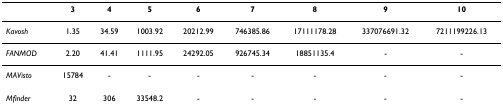
|  | 3 | 4 | 5 | 6 | 7 | 8 | 9 | 10 |
 | --- | --- | --- | --- | --- | --- | --- | --- | --- |
 | Kavosh | 1.35 | 34.59 | 1003.92 | 20212.99 | 746385.86 | 17111178.28 | 337076691.32 | 7211199226.13 |
 | FANMOD | 2.20 | 41.41 | 1111.95 | 24292.05 | 926745.34 | 18851135.4 | - | - |
 | MAVisto | 15784 | - | - | - | - | - | - | - |
 | Mfinder | 32 | 306 | 33548.2 | - | - | - | - | - |